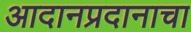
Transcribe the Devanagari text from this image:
आदानप्रदानाचा